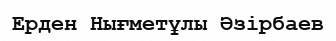
Ерден Нығметұлы Әзірбаев